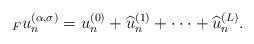
LaTeX: \begin{align*}{}_Fu^{(\alpha,\sigma)}_n=u_n^{(0)}+\widehat{u}_n^{(1)}+\cdot\cdot\cdot+\widehat{u}_n^{(L)}.\end{align*}